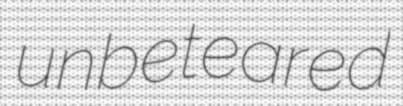
unbeteared